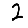
Digit: 2